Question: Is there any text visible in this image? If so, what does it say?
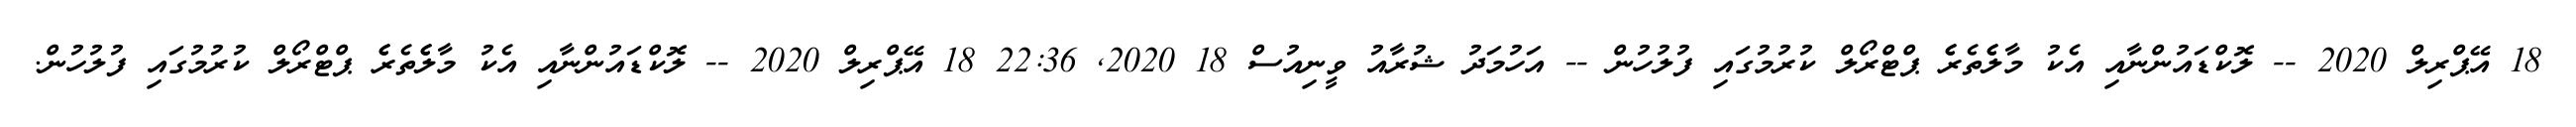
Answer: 18 އޭޕްރިލް 2020 -- ލޮކްޑައުންނާއި އެކު މާލެެތެރެެ ޕްޓްރޯލް ކުރުމުގައި ފުލުހުން -- އަހުމަދު ޝުރާއު ވީނިއުސް 18 2020, 22:36 18 އޭޕްރިލް 2020 -- ލޮކްޑައުންނާއި އެކު މާލެެތެރެެ ޕްޓްރޯލް ކުރުމުގައި ފުލުހުން.